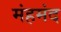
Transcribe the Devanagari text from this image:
मंहमंद